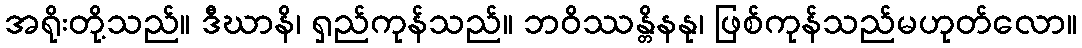
အရိုးတို့သည်။ ဒီဃာနိ၊ ရှည်ကုန်သည်။ ဘဝိဿန္တိနနု၊ ဖြစ်ကုန်သည်မဟုတ်လော။